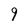
Character: 9